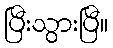
ပြီးသွားပြီ။